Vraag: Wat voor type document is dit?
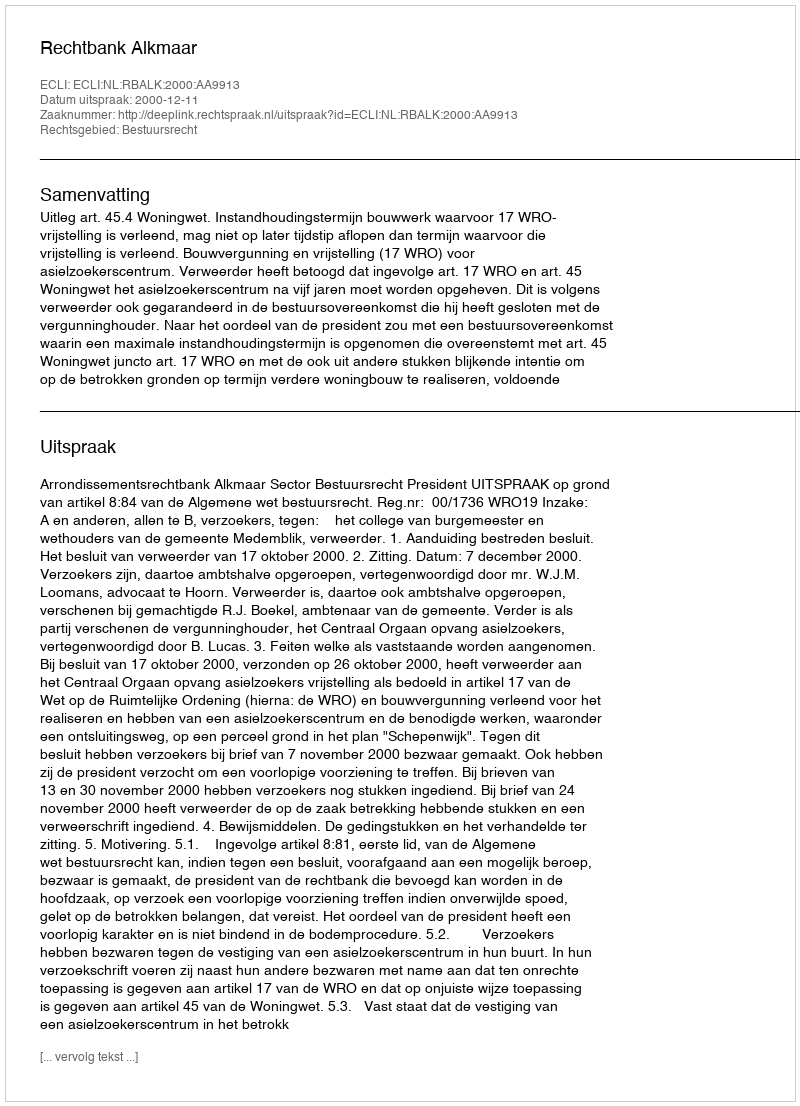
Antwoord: Uitspraak